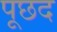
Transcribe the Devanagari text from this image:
पूछद